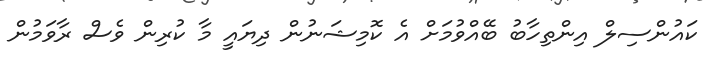
ކައުންސިލް އިންތިހާބު ބޭއްވުމަށް އެ ކޮމިޝަނުން ދިޔައީ މާ ކުރިން ވެސް ރާވަމުން